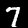
Label: 7